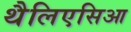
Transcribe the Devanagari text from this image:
थैलिएसिआ